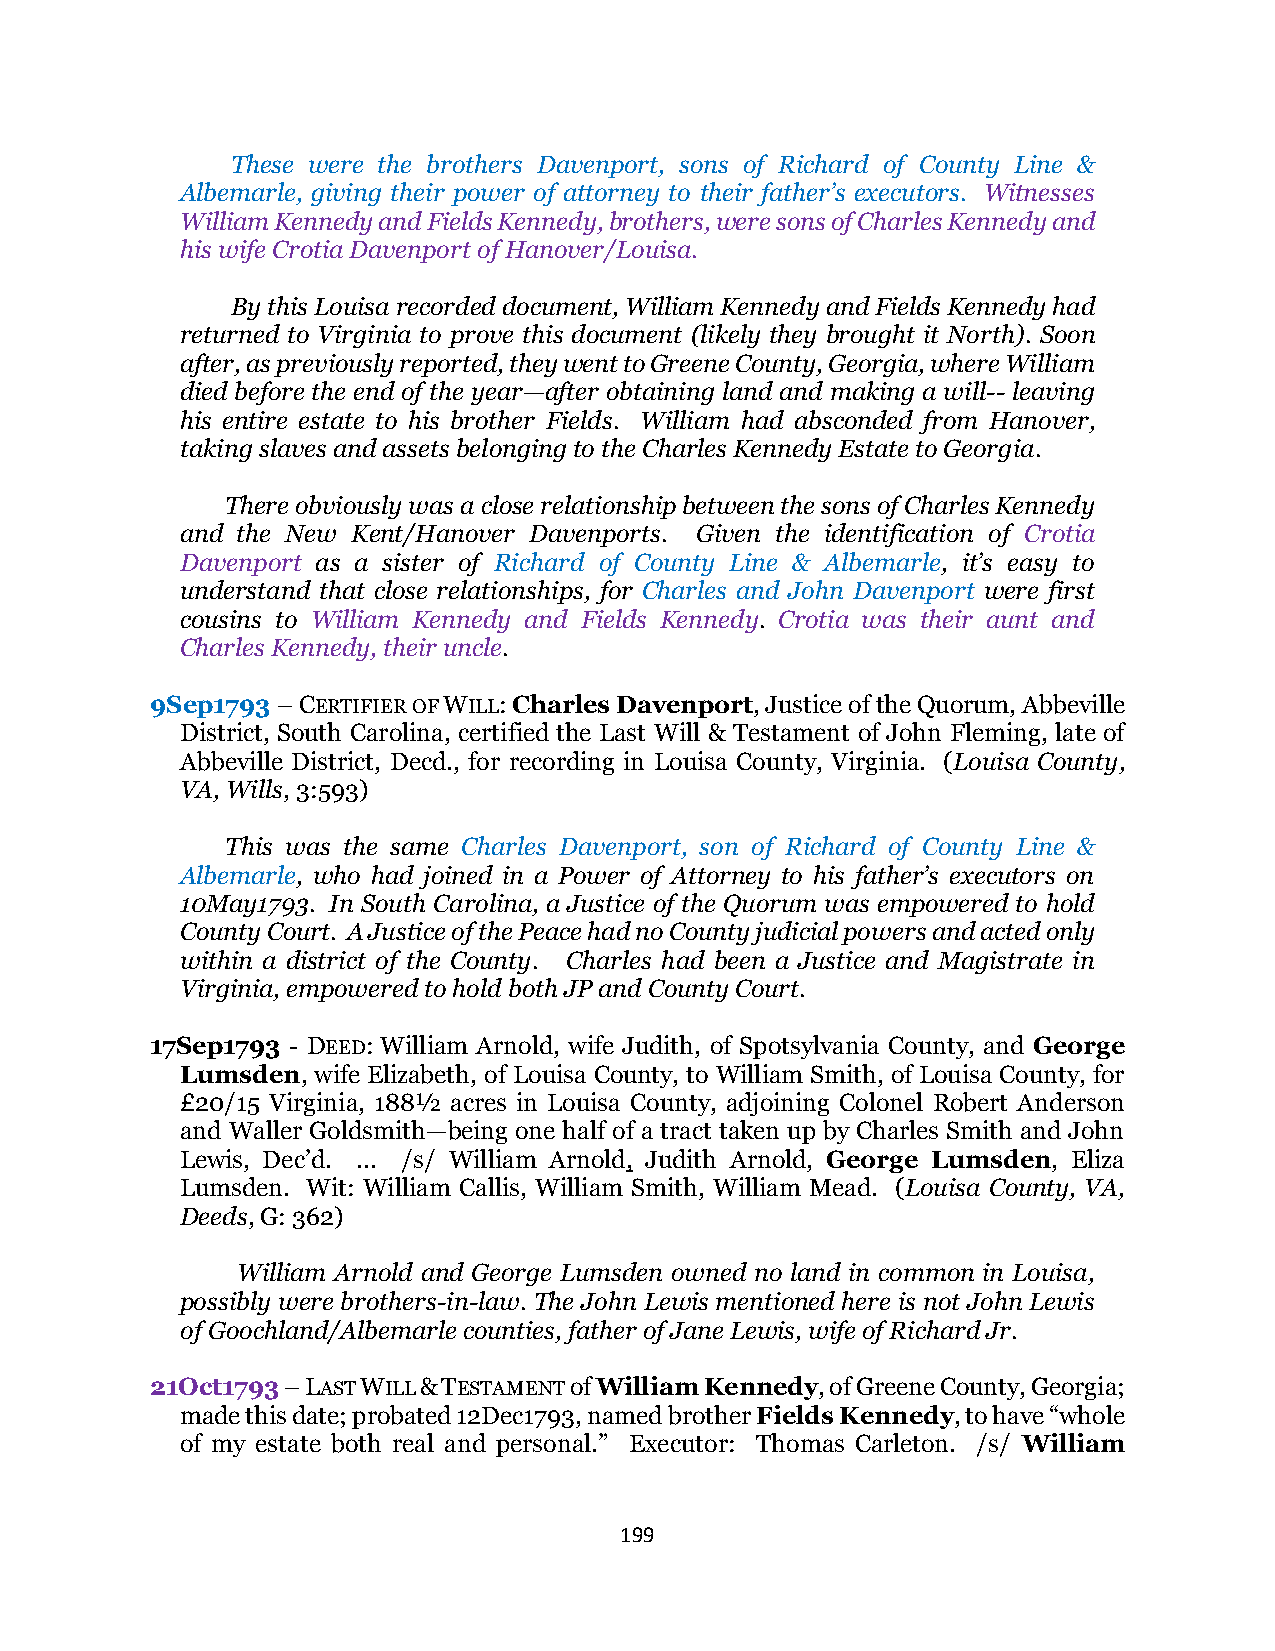
These were the brothers Davenport, sons of Richard of County Line &
 Albemarle, giving their power of attorney to their father’s executors. Witnesses
 William Kennedy and Fields Kennedy, brothers, were sons of Charles Kennedy and
 his wife Crotia Davenport of Hanover/Louisa.
 By this Louisa recorded document, William Kennedy and Fields Kennedy had
 returned to Virginia to prove this document (likely they brought it North). Soon
 after, as previously reported, they went to Greene County, Georgia, where William
 died before the end of the year—after obtaining land and making a will-- leaving
 his entire estate to his brother Fields. William had absconded from Hanover,
 taking slaves and assets belonging to the Charles Kennedy Estate to Georgia.
 There obviously was a close relationship between the sons of Charles Kennedy
 and the New Kent/Hanover Davenports. Given the identification of Crotia
 Davenport as a sister of Richard of County Line & Albemarle, it’s easy to
 understand that close relationships, for Charles and John Davenport were first
 cousins to William Kennedy and Fields Kennedy. Crotia was their aunt and
 Charles Kennedy, their uncle.
 9Sep1793 – CERTIFIER OF WILL: Charles Davenport, Justice of the Quorum, Abbeville
 District, South Carolina, certified the Last Will & Testament of John Fleming, late of
 Abbeville District, Decd., for recording in Louisa County, Virginia. (Louisa County,
 VA, Wills, 3:593)
 This was the same Charles Davenport, son of Richard of County Line &
 Albemarle, who had joined in a Power of Attorney to his father’s executors on
 10May1793. In South Carolina, a Justice of the Quorum was empowered to hold
 County Court. A Justice of the Peace had no County judicial powers and acted only
 within a district of the County. Charles had been a Justice and Magistrate in
 Virginia, empowered to hold both JP and County Court.
 17Sep1793 - DEED: William Arnold, wife Judith, of Spotsylvania County, and George
 Lumsden, wife Elizabeth, of Louisa County, to William Smith, of Louisa County, for
 £20/15 Virginia, 188½ acres in Louisa County, adjoining Colonel Robert Anderson
 and Waller Goldsmith—being one half of a tract taken up by Charles Smith and John
 Lewis, Dec’d. ... /s/ William Arnold, Judith Arnold, George Lumsden, Eliza
 Lumsden. Wit: William Callis, William Smith, William Mead. (Louisa County, VA,
 Deeds, G: 362)
 William Arnold and George Lumsden owned no land in common in Louisa,
 possibly were brothers-in-law. The John Lewis mentioned here is not John Lewis
 of Goochland/Albemarle counties, father of Jane Lewis, wife of Richard Jr.
 21Oct1793 – LAST WILL & TESTAMENT of William Kennedy, of Greene County, Georgia;
 made this date; probated 12Dec1793, named brother Fields Kennedy, to have “whole
 of my estate both real and personal.” Executor: Thomas Carleton. /s/ William
 199